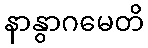
နာနွာဂမေတိ